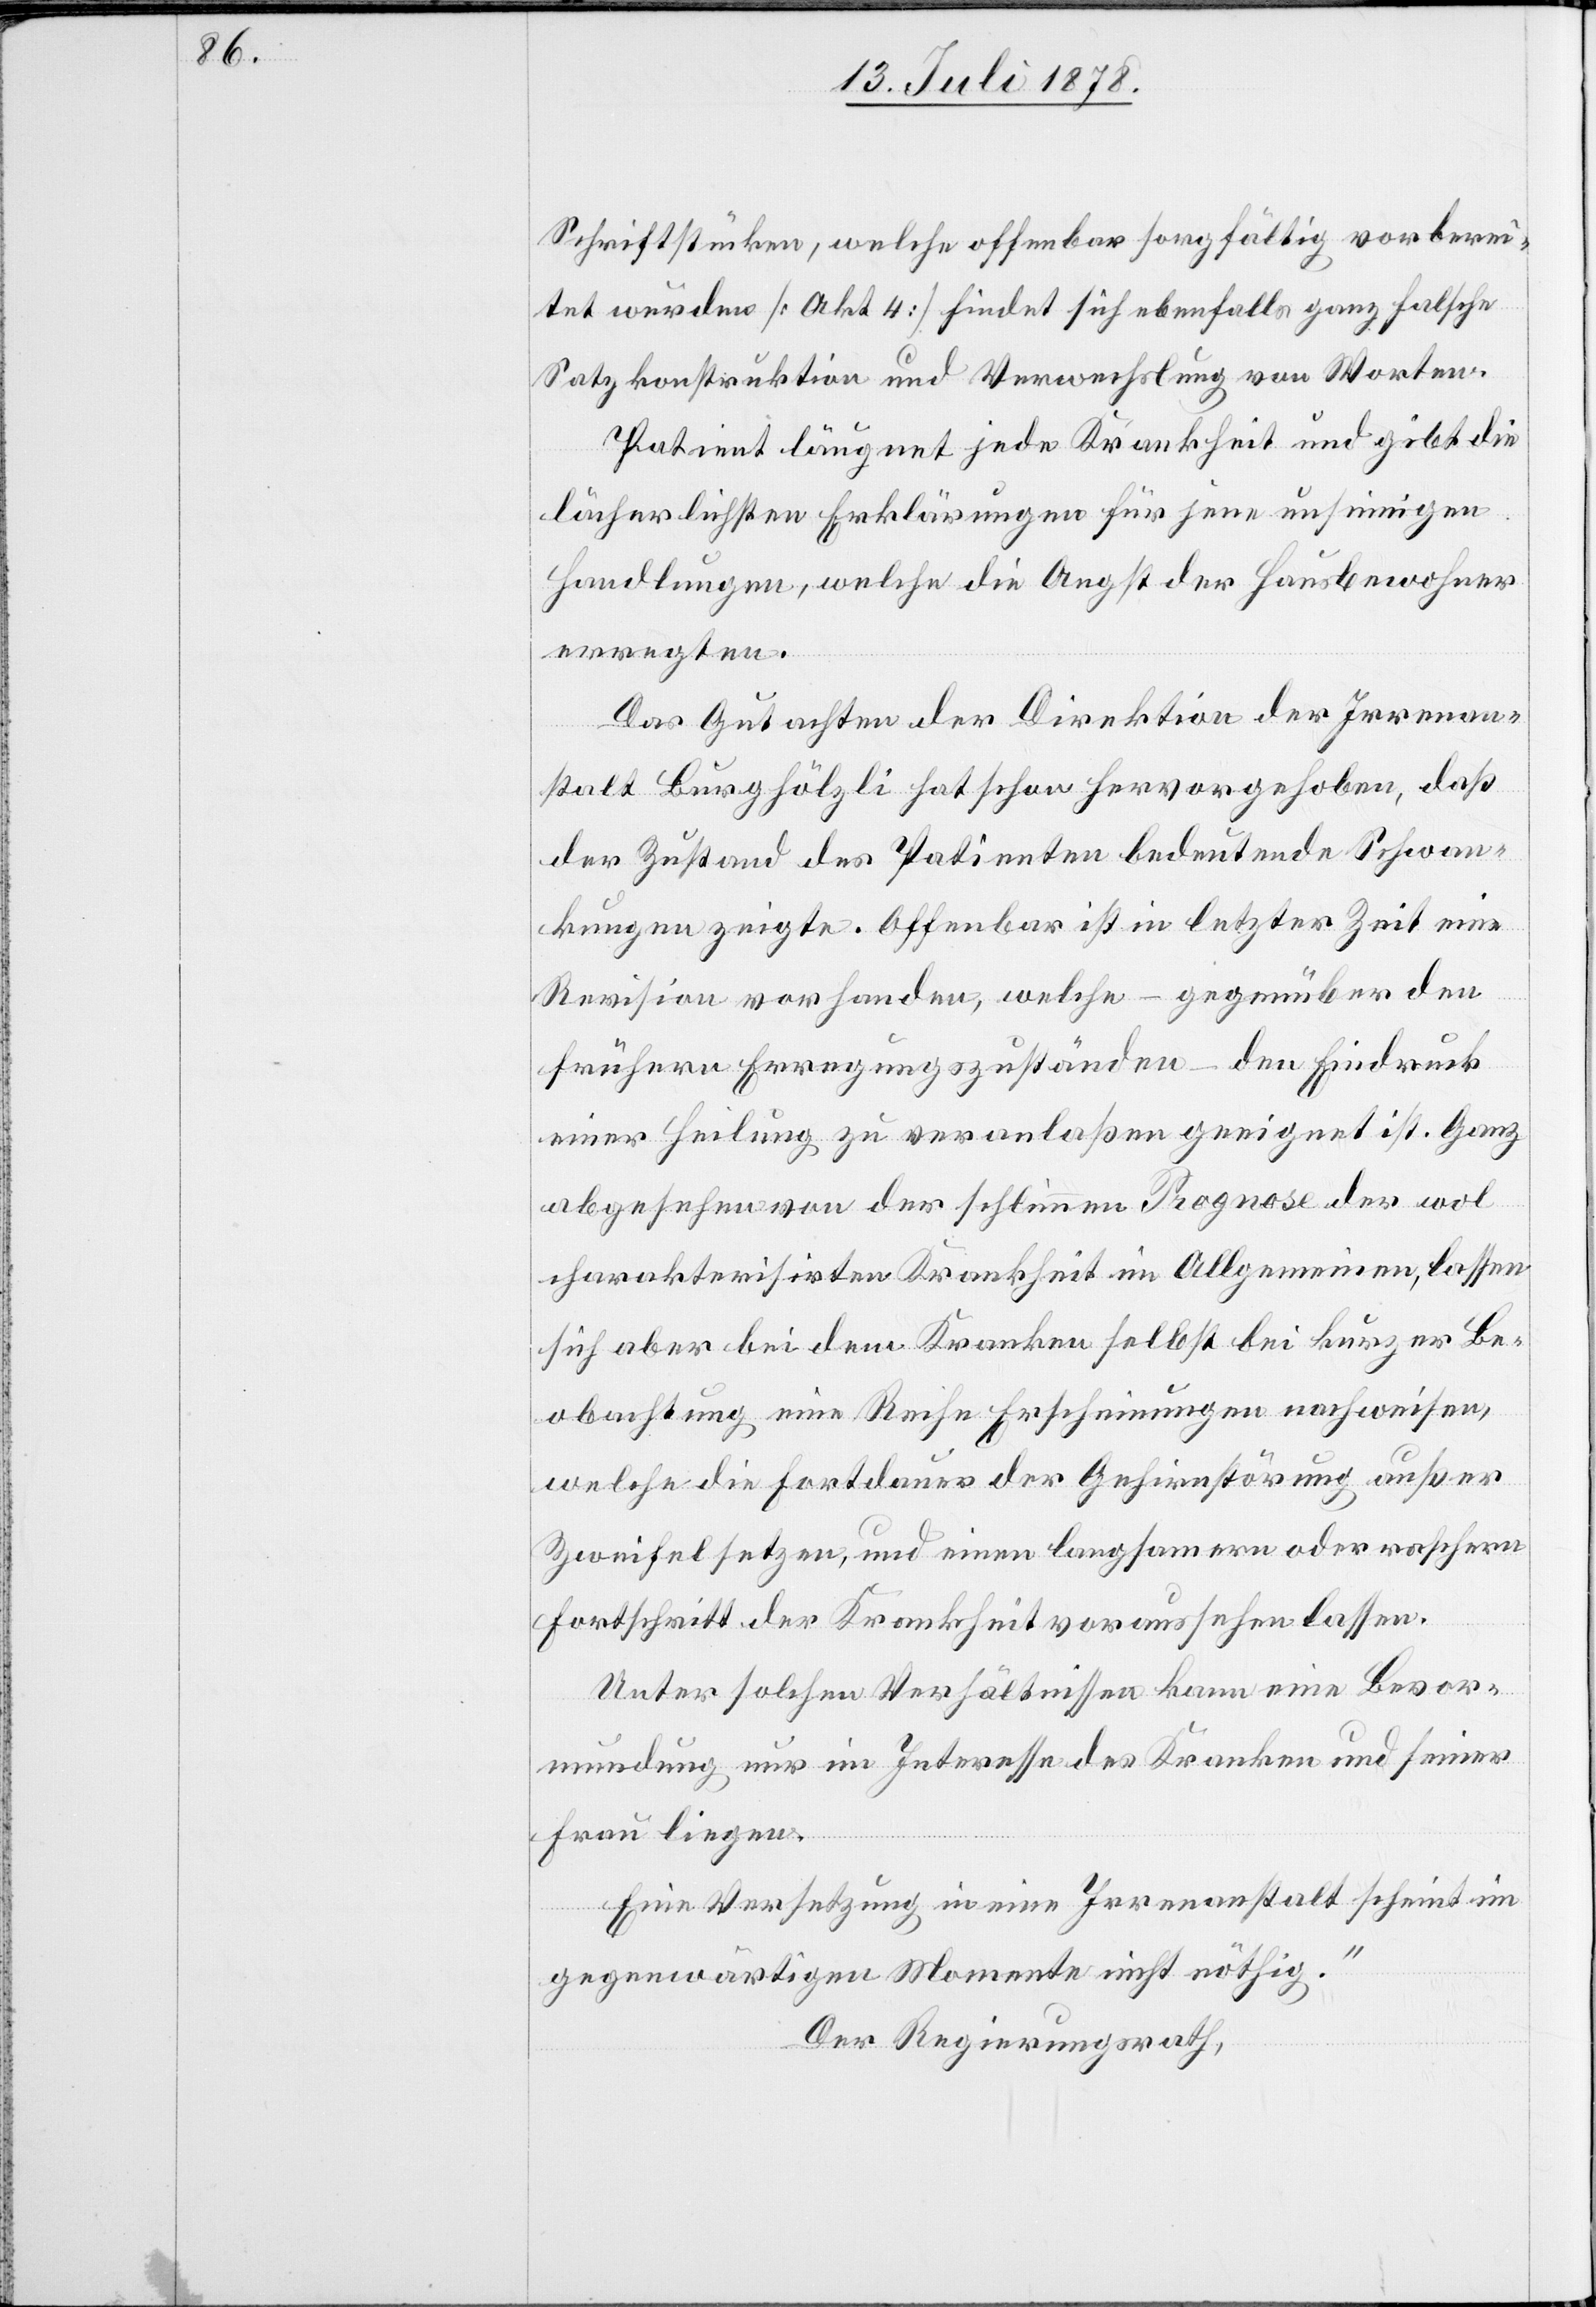
Schriftstücken, welche offenbar sorgfältig vorberei¬
tet wurden [Akt 4] findet sich ebenfalls ganz falsche
Satzkonstruktion und Verwechslung von Worten.
Patient läugnet jede Krankheit und gibt die
lächerlichsten Erklärungen für jene unsinnigen
Handlungen, welche die Angst der Hausbewohner
erregten.
Das Gutachten der Direktion der Irrenan¬
stalt Burghölzli hat schon hervorgehoben, daß
der Zustand des Patienten bedeutende Schwan¬
kungen zeigte. Offenbar ist in letzter Zeit eine
Revision vorhanden, welche – gegenüber den
frühern Erregungszuständen – den Eindruck
einer Heilung zu veranlaßen geeignet ist. Ganz
abgesehen von der schlimmen Prognose der wohl
charakterisirten Krankheit im Allgemeinen, lassen
sich aber bei dem Kranken selbst bei kurzer Be¬
obachtung eine Reihe Erscheinungen nachweisen,
welche die Fortdauer der Gehirnstörung außer
Zweifel setzen, und einen langsamern oder raschern
Fortschritt der Krankheit voraussehen lassen.
Unter solchen Verhältnissen kann eine Bevor¬
mundung nur im Interesse des Kranken und seiner
Frau liegen.
Eine Versetzung in eine Irrenanstalt scheint im
gegenwärtigen Momente nicht nöthig.“
Der Regierungsrath,